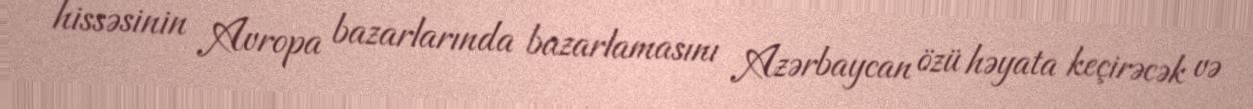
hissəsinin Avropa bazarlarında bazarlamasını Azərbaycan özü həyata keçirəcək və